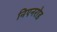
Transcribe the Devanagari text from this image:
निएनरोड